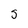
Character: S